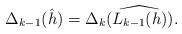
LaTeX: \begin{align*}{ {\Delta_{k-1}({\hat h})=\Delta_{k}({\widehat{L_{k-1}(h)}}).}}\end{align*}